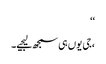
‘‘
،جی یوں ہی سمجھ لیجیے۔